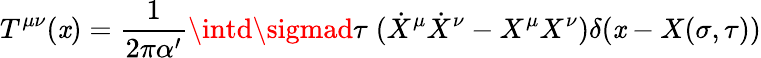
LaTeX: T^{\mu\nu}(\mathit{x})=\frac{{1}}{{2\pi\alpha^{\prime}}}\intd\sigmad\tau\; (\dot{{X}}^{\mu}\dot{{X}}^{\nu}-X^{\mu}X^{\nu})\delta(\mathit{x}-X(\sigma,\tau))